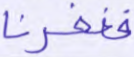
فغفرنا